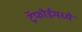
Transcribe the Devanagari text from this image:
ट्रॅफोर्डमध्ये